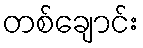
တစ်ချောင်း